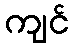
ကျင်